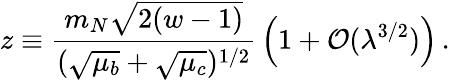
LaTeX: z\equiv{\frac{m_{N}\sqrt{2(w-1)}}{(\sqrt{\mu_{b}}+\sqrt{\mu_{c}})^{1/2}}}\left(1+{\cal O}(\lambda^{3/2})\right)\, .